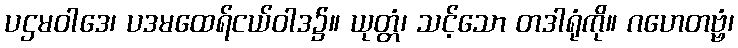
ပဌမဝါဒေ၊ ပဒမထေရ်ငယ်ဝါဒ၌။ ယုတ္တံ၊ သင့်သော တဒါရုံကို။ ဂဟေတဗ္ဗံ၊